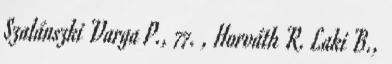
Szalánszki Varga P., 77. , Horváth R. Laki B.,